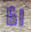
اذا